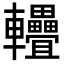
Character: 𨐁